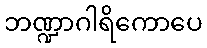
ဘဏ္ဍာဂါရိကောပေ